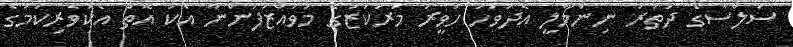
ސަލްސާގެ ދަތުރު ނިންމާލީ އެދުވަހު ހަވީރު މަރުކަޒުގެ މުވައްޒަފުންނާ އެކު އޮތް އެކުވެރިކަމުގެ